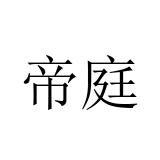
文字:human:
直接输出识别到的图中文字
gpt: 帝庭